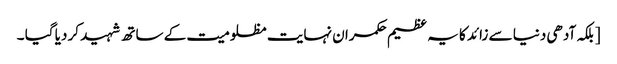
[ بلکہ آدھی دنیا سے زائد کا یہ عظیم حکمران نہایت مظلومیت کے ساتھ شہید کر دیا گیا ۔